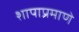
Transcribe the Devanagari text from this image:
शापाप्रमाणे